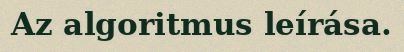
Az algoritmus leírása.